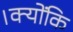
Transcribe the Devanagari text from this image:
।क्योंकि